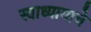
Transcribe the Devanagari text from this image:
स्वाध्यायाचे